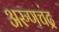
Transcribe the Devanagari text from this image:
अरुणचंद्र